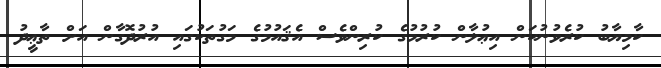
ކާމިޔާބު ކުރެވުނުކަން އިޢުލާން ކުރުމުގެ ކުރިންވެސް އެޤައުމުގެ މަގުތަކުގައި އުރުދޮގާން އަށް ތާޢީދު